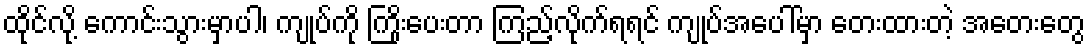
ထိုင်လို့ ကောင်းသွားမှာပါ၊ ကျုပ်ကို ကြိုးပေးတာ ကြည့်လိုက်ရရင် ကျုပ်အပေါ်မှာ တေးထားတဲ့ အတေးတွေ